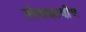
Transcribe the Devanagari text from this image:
लेखकाचीच